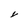
Character: v